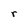
Character: r